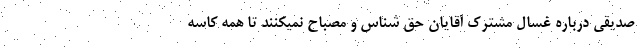
صدیقی درباره غسال مشترک آقایان حق شناس و مصباح نمیکنند تا همه کاسه